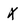
Character: X